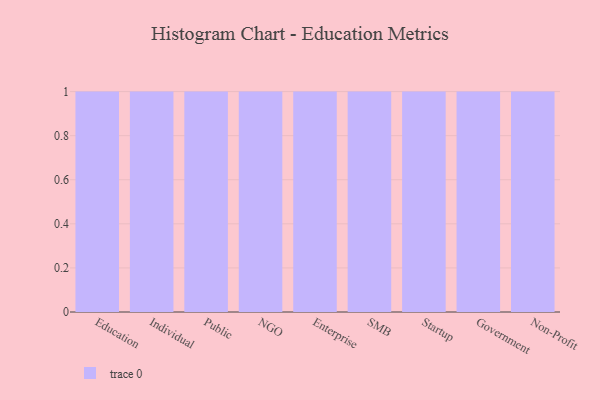
{"axis": {"x": "Segment", "y": "Production Output"}, "legend": [""], "data": [{"x": "Education", "y": 62, "type": ""}, {"x": "Individual", "y": 66, "type": ""}, {"x": "Public", "y": 50, "type": ""}, {"x": "NGO", "y": 62, "type": ""}, {"x": "Enterprise", "y": 71, "type": ""}, {"x": "SMB", "y": 11, "type": ""}, {"x": "Startup", "y": 57, "type": ""}, {"x": "Government", "y": 72, "type": ""}, {"x": "Non-Profit", "y": 55, "type": ""}]}